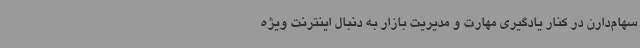
سهام‌دارن در کنار یادگیری مهارت و مدیریت بازار به دنبال اینترنت ویژه